画像に写った文字を読んでください
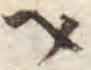
「ヘ」と書いてあります